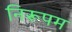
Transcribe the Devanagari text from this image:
निरूपम